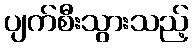
ပျက်စီးသွားသည့်